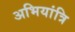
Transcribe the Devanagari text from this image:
अभियांत्रि